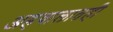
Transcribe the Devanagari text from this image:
अहवालातही